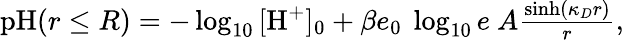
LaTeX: \begin{array}{r}{\textrm{pH}(r\leq R)=-\log_{10}{[\textrm{H}^{+}]_{0}}+\beta e_{0}~\log_{10}{e}~A\frac{\sinh(\kappa_{D}r)}{r},}\end{array}